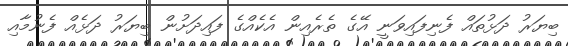
ބިޔަރު ދަޅުތައް ފެނިފައިވަނީ އޭގެ ތެރެއިން އެކެއްގެ ފައިދަށުން ބިޔަރު ދަޅެއް ފެނުމާއި